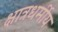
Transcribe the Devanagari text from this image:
क्षात्रधर्मीय